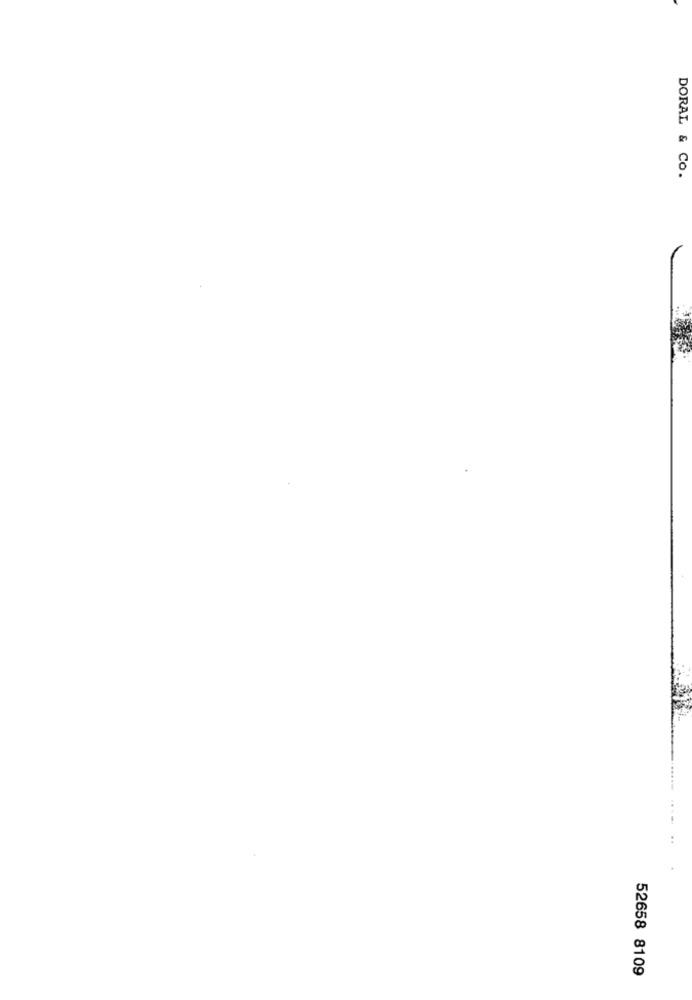
DORAL & Co.
52658 8109